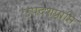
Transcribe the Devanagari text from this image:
उपदेशप्राप्ति